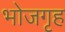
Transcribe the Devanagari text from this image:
भोजगृह